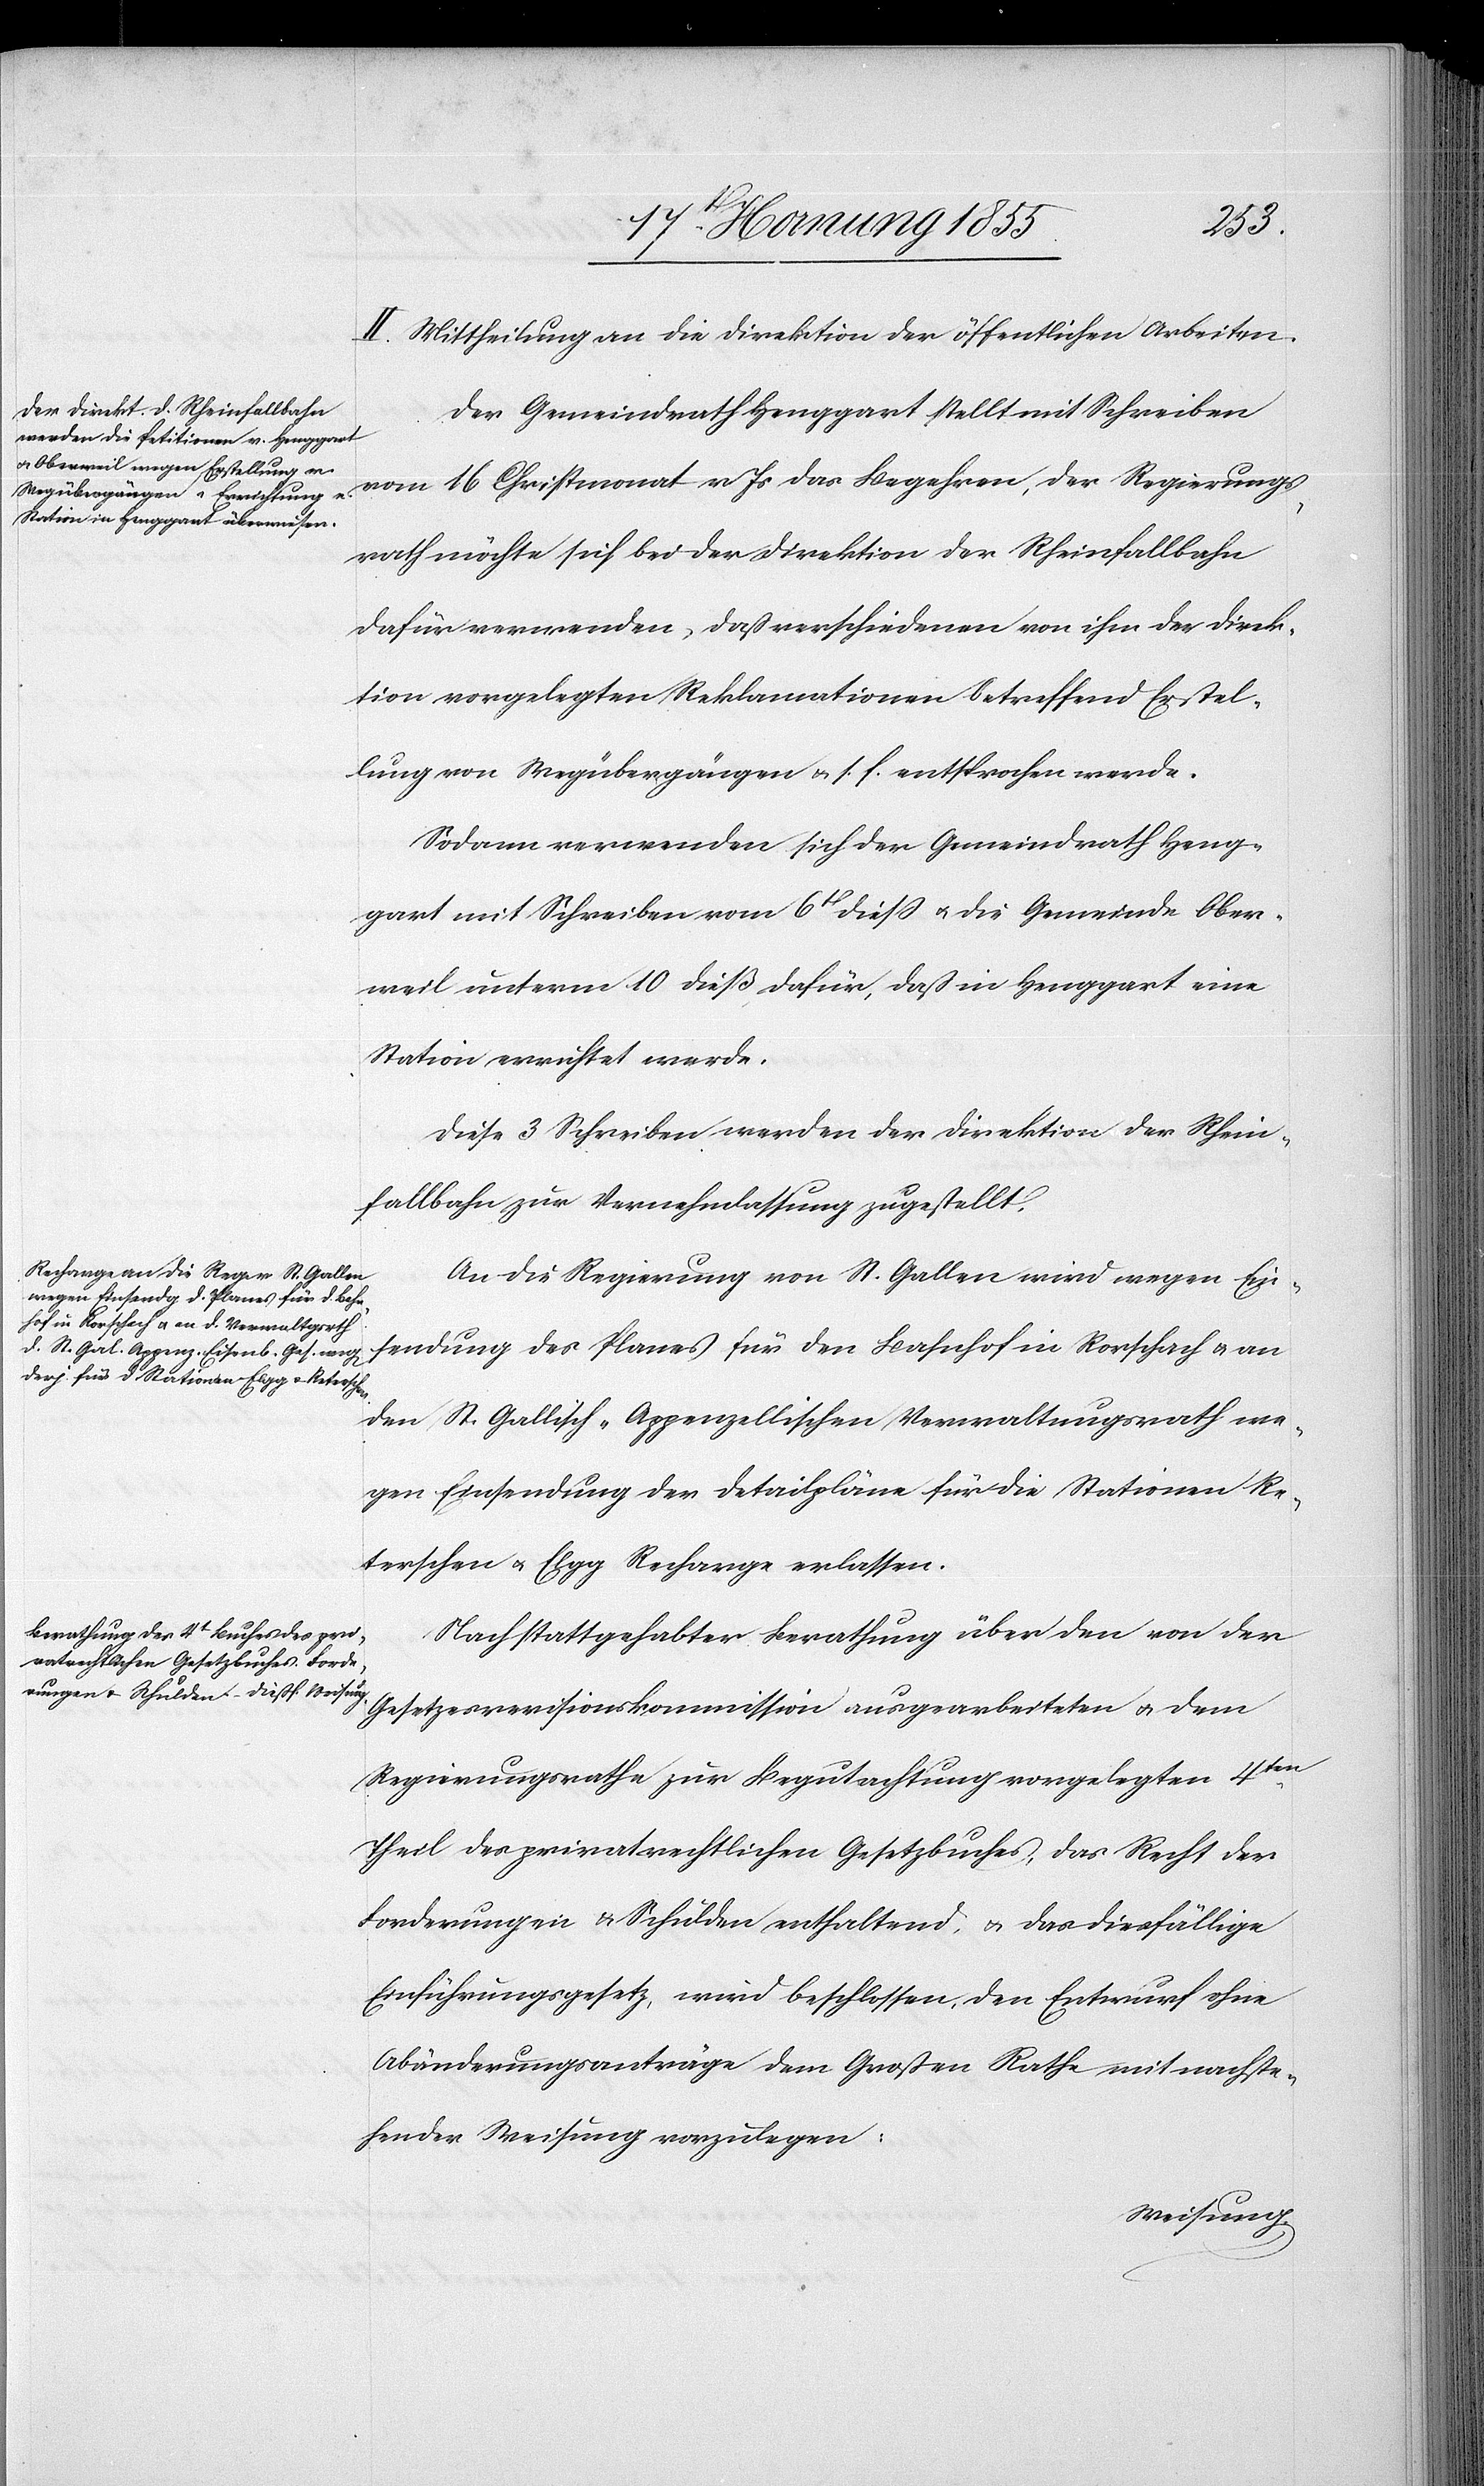
II. Mittheilung an die Direktion der öffentlichen Arbeiten.
Der Gemeindrath Henggart stellt mit Schreiben
vom 16 Christmonat v. Js das Begehren, der Regierungs¬
rath möchte sich bei der Direktion der Rheinfallbahn
dafür verwenden, daß verschiedenen von ihm der Direk¬
tion vorgelegten Reklamationen betreffend Erstel¬
lung von Wegübergängen & s. f. entsprochen werde.
Sodann verwenden sich der Gemeindrath Heng¬
gart mit Schreiben vom 6t[en] dieß & die Gemeinde Ober¬
weil unterm 10 dieß dafür, daß in Henggart eine
Station errichtet werde.
Diese 3 Schreiben werden der Direktion der Rhein¬
fallbahn zur Vernehmlassung zugestellt.
An die Regierung von St. Gallen wird wegen Ein¬
sendung des Planes für den Bahnhof in Rorschach & an
den St. Gallisch-Appenzellischen Verwaltungsrath we¬
gen Einsendung der Detailpläne für die Stationen Re¬
terschen & Elgg Recharge erlassen.
Nach stattgehabter Berathung über den von der
Gesetzesrevisionskommission ausgearbeiteten & dem
Regierungsrathe zur Begutachtung vorgelegten 4ten.
Theil des privatrechtlichen Gesetzbuches, das Recht der
Forderungen & Schulden enthaltend, & das diesfällige
Einführungsgesetz, wird bechlossen, den Entwurf ohne
Abänderungsanträge dem Großen Rathe mit nachste¬
hender Weisung vorzulegen: